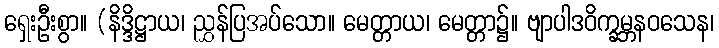
ရှေးဦးစွာ။ (နိဒ္ဒိဋ္ဌာယ၊ ညွှန်ပြအပ်သော။ မေတ္တာယ၊ မေတ္တာ၌။ ဗျာပါဒဝိက္ခမ္ဘနဝသေန၊